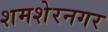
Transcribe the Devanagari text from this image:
शमशेरनगर